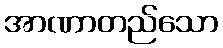
အာဏာတည်သော